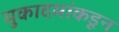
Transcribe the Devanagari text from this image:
मुकादमांकडून